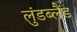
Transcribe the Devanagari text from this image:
लुंडब्लैंड